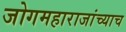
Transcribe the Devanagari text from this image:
जोगमहाराजांच्याच